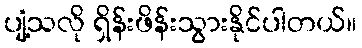
ပျံ့သလို ရှိန်းဖိန်းသွားနိုင်ပါတယ်။